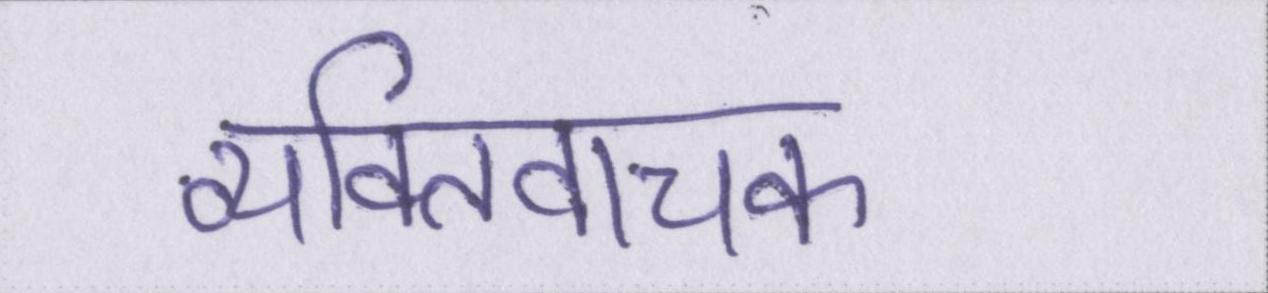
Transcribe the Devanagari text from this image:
व्यक्तिवाचक